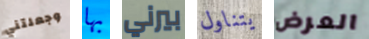
وجعلتني بها بيرني يتناول العرض